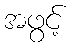
အဖွင့်